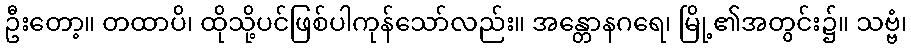
ဦးတော့။ တထာပိ၊ ထိုသို့ပင်ဖြစ်ပါကုန်သော်လည်း။ အန္တောနဂရေ၊ မြို့၏အတွင်း၌။ သဗ္ဗံ၊